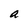
Character: a